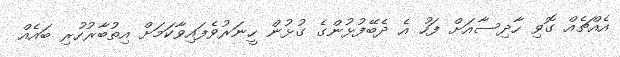
އެއްޗެއް ގޮވި ހާދިސާއަށް ފަހު އެ ދެބޭފުޅުންގެ ގުޅުން ހީނަރުވެފައިވާކަމަށް އިތުބާރުހުރި ބައެއް